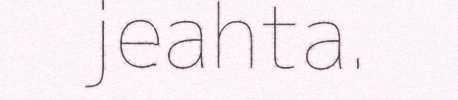
jeahta.